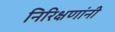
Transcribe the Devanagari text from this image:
निरिक्षणांनी